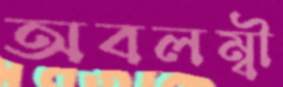
অবলম্বী